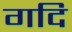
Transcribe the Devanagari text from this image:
गदि